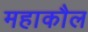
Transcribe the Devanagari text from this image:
महाकौल